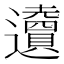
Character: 𨙋